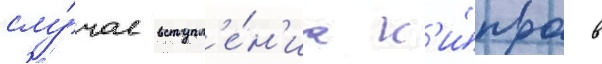
слу́чае вступл'е́н'иа к'и́пра в